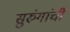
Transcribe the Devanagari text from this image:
सुरुंगांची